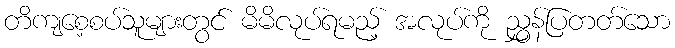
တိကျစေ့စပ်သူများတွင် မိမိလုပ်ရမည့် အလုပ်ကို ညွှန်ပြတတ်သော